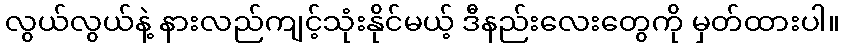
လွယ်လွယ်နဲ့ နားလည်ကျင့်သုံးနိုင်မယ့် ဒီနည်းလေးတွေကို မှတ်ထားပါ။